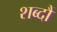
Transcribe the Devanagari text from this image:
शब्दौं